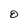
Character: O